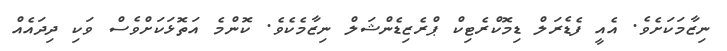
ނިޒާމަކަށެވެ. އެއީ ފެޑެރަލް ޑިމޮކްރެޓިކް ޕްރެޒިޑެންޝަލް ނިޒާމެކެވެ. ކޮންމެ އަތޮޅަކަށްވެސް ވަކި ދިދައެއް